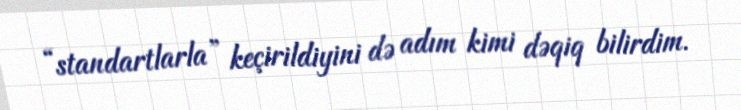
“standartlarla” keçirildiyini də adım kimi dəqiq bilirdim.